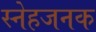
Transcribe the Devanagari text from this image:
स्नेहजनक